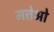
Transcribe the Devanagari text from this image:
मत्तेओ